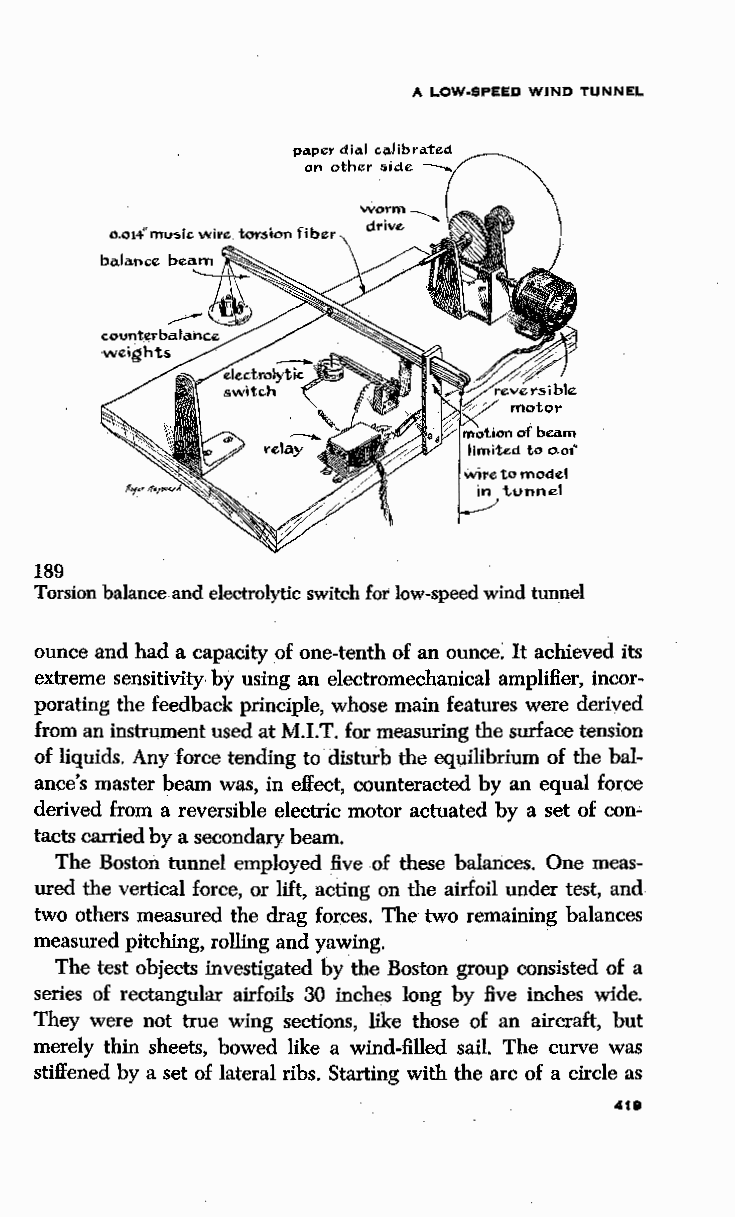
A LOW-SPEED WIND TUNNEL
 189
 Torsion balance and electrolytic switch for low-speed wind tunnel
 ounce and had a capacity of one-tenth of an ounce: It achieved its
 extreme sensitivity-by using an electromechanical amplifier, incOr
 porating the feedbaCk principle, whose main features were derived
 from an instrumentused at M.I.T. for measuring the surface tension
 of liquids. Any force tending to disturb the equilibrium of the bal
 ance's master beam was, in e:O:ect, counteracted by an equal force
 derived from a reversible electric motor actuated by a set of con
 tacts carried by a secondary beam.
 The Boston tunnel employed five of these balances. One meas
 ured the vertical force, or lift, acting on the airfoil under test, and
 two others measured the drag forces. The two remaining balances
 measured pitching,rolling and yawing.
 The test objects investigated by the Boston group consisted of a
 series of rectangular airfoils 30 inches long by five inches wide.
 They were not true wing sections, like those of an aircraft, but
 merely thin sheets, bowed like a wind-filled sail. The curve was
 stiffened by a set of lateral ribs. Starting with the arc of a circle as
 4111